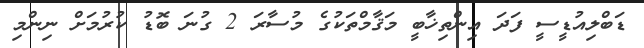
ޑަބްލިއުޑީސީ ފަދަ އިންތިޚާބީ މަޤާމްތަކުގެ މުސާރަ 2 ގުނަ ބޮޑު ކުރުމަށް ނިންމި